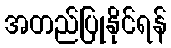
အတည်ပြုနိုင်ရန်